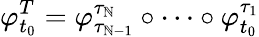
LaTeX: \varphi_{t_{0}}^{T}=\varphi_{\tau_{\mathbb{N}-1}}^{\tau_{\mathbb{N}}}\circ\cdots\circ\varphi_{t_{0}}^{\tau_{1}}